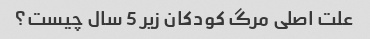
علت اصلی مرگ کودکان زیر 5 سال چیست؟